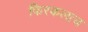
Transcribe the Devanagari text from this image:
फिरकलाच